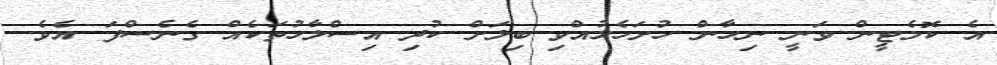
އެ ކޮމެޓީން ވަނީ ނިހާން ހުށަހެޅުއްވި ބިލަށް ކުދި އިސްލާހުތަކެއް ގެނެސްފަ އެވެ.